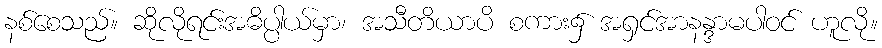
နစ်စေသည်။ ဆိုလိုရင်းအဓိပ္ပါယ်မှာ၊ အသီတိယာပိ စကား၌ အရှင်အာနန္ဒာမပါဝင် ဟူလို။